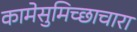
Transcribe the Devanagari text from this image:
कामेसुमिच्छाचारा